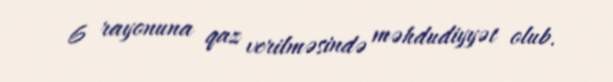
6 rayonuna qaz verilməsində məhdudiyyət olub.